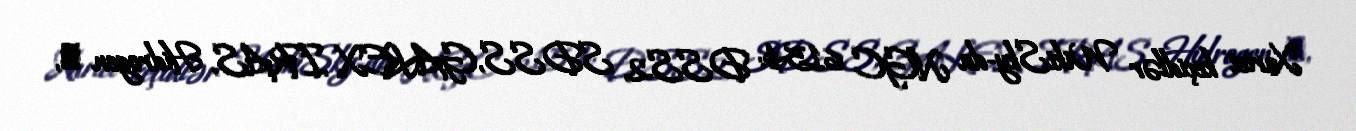
Xarici keçidlər WikiSky-da NGC 6154: DSS2, SDSS, GALEX, IRAS, Hidrogen α,